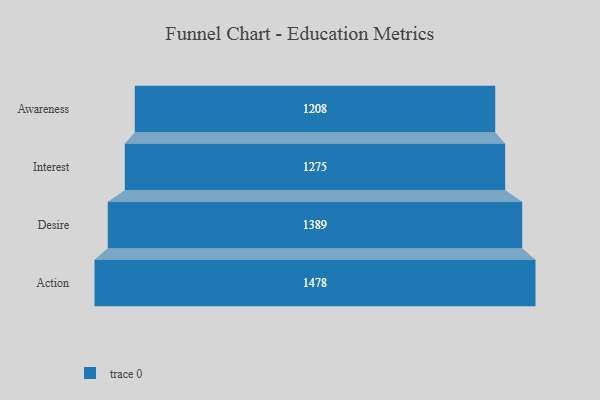
{"axis": {"x": "Stage", "y": "Value"}, "legend": [""], "data": [{"x": "Awareness", "y": 1208.0, "type": ""}, {"x": "Interest", "y": 1275.0, "type": ""}, {"x": "Desire", "y": 1389.0, "type": ""}, {"x": "Action", "y": 1478.0, "type": ""}]}